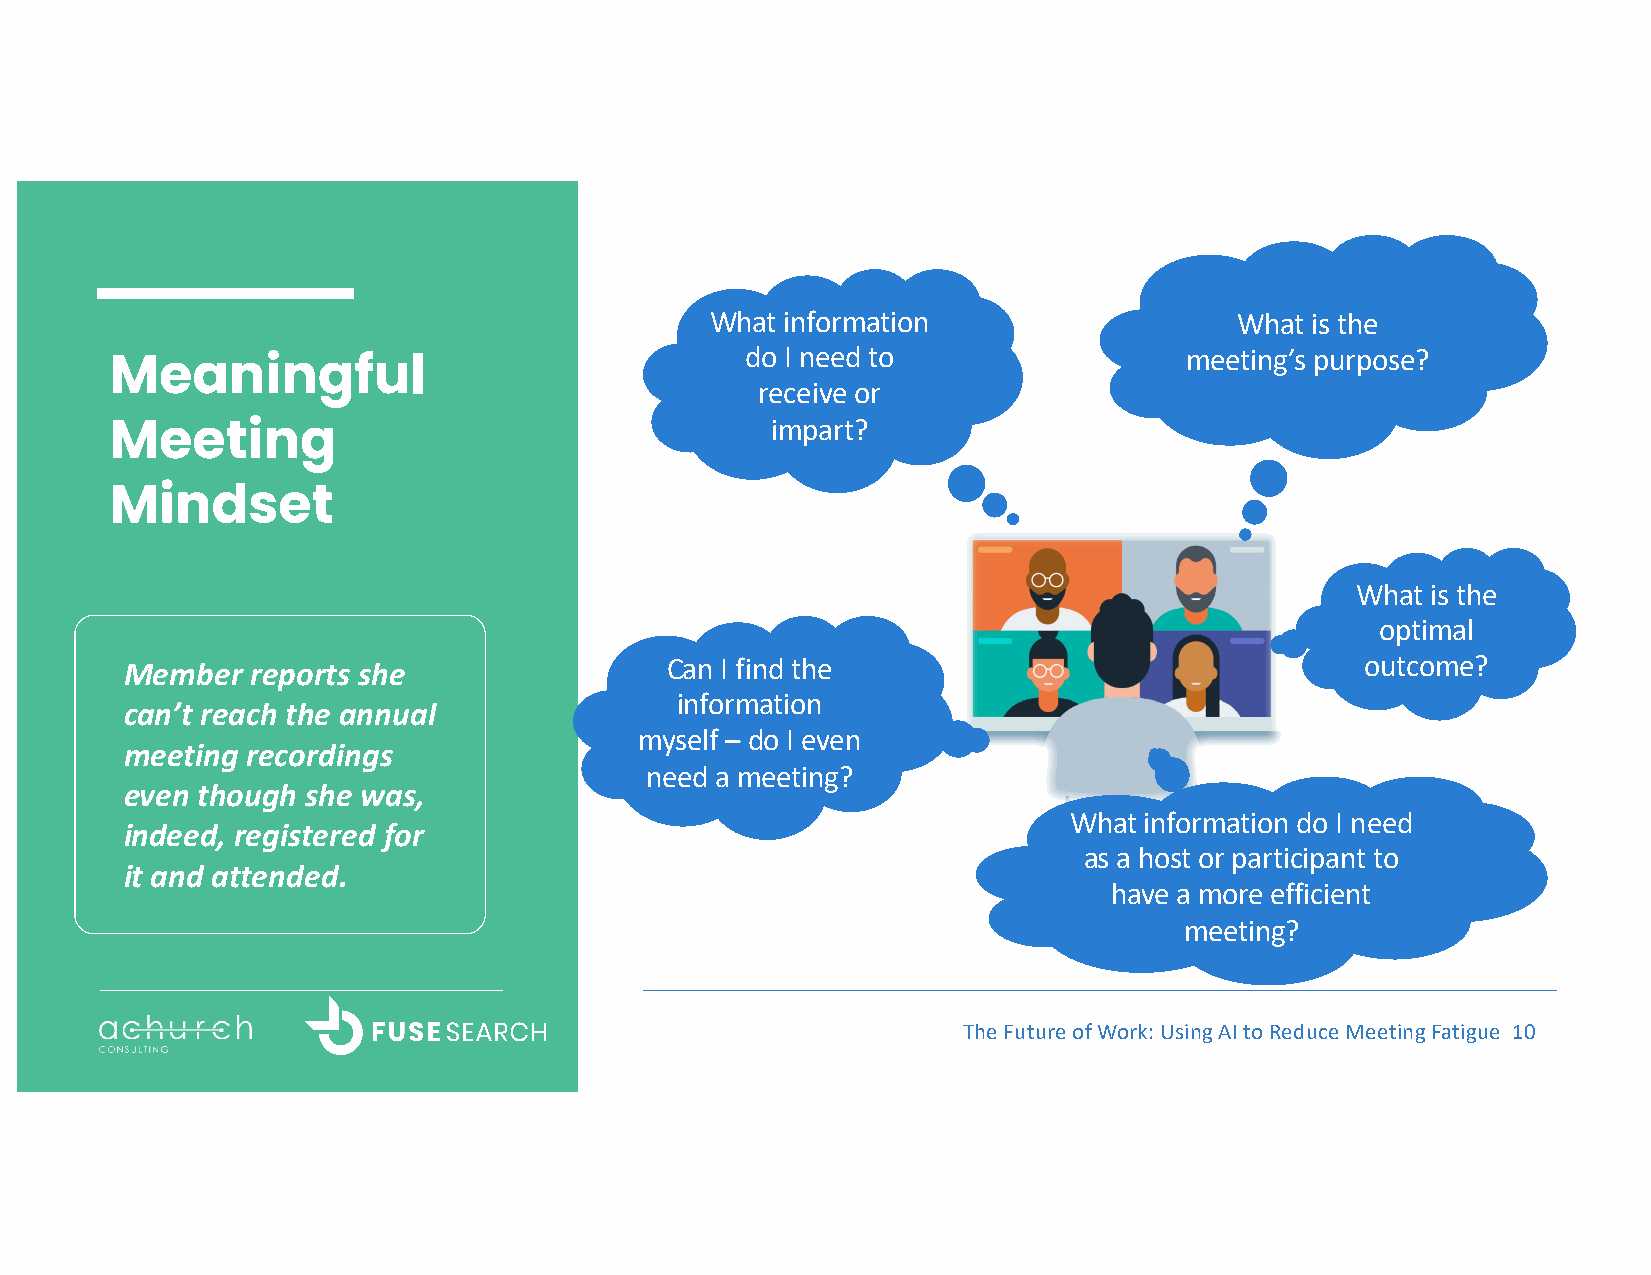
What information                   What is the
 do I need to                 meeting’s purpose?
 Meaningful
 receive or
 Meeting                                     impart?
 Mindset
 What is the
 optimal
 Member   reports she                Can I find the                                outcome?
 information
 can’t reach the annual
 myself – do I even
 meeting recordings
 need a meeting?
 even though she was,
 What information do I need
 indeed, registered for
 as a host or participant to
 it and attended.
 have a more efficient
 meeting?
 The Future of Work: Using AI to Reduce Meeting Fatigue 10